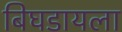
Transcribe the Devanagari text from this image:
बिघडायला